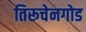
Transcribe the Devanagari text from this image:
तिरूचेनगोड